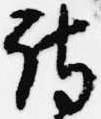
詩